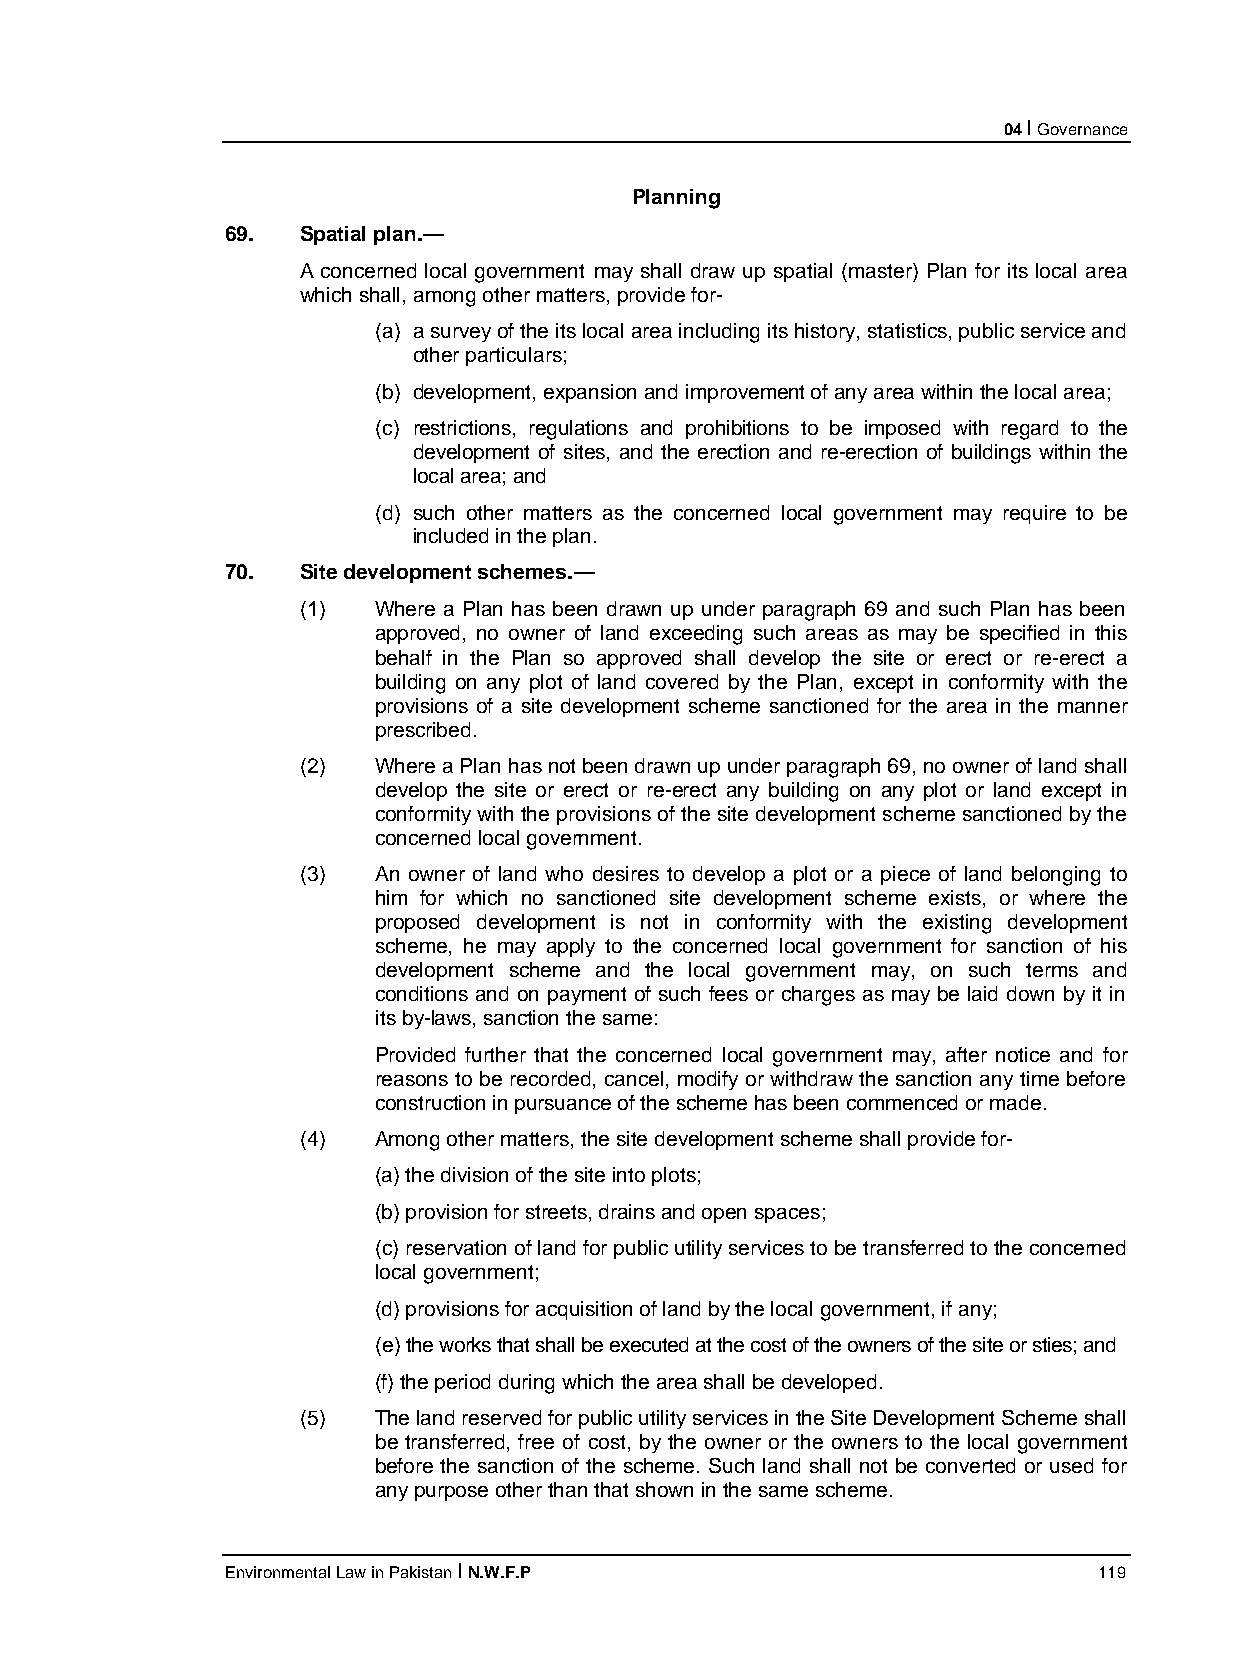
04 I Governance
 Planning
 69.  Spatial plan.—
 A concerned local government may shall draw up spatial (master) Plan for its local area
 which shall, among other matters, provide for-
 (a) a survey of the its local area including its history, statistics, public service and
 other particulars;
 (b) development, expansion and improvement of any area within the local area;
 (c) restrictions, regulations and prohibitions to be imposed with regard to the
 development of sites, and the erection and re-erection of buildings within the
 local area; and
 (d) such other matters as the concerned local government may require to be
 included in the plan.
 70.  Site development schemes.—
 (1)  Where a Plan has been drawn up under paragraph 69 and such Plan has been
 approved, no owner of land exceeding such areas as may be specified in this
 behalf in the Plan so approved shall develop the site or erect or re-erect a
 building on any plot of land covered by the Plan, except in conformity with the
 provisions of a site development scheme sanctioned for the area in the manner
 prescribed.
 (2)  Where a Plan has not been drawn up under paragraph 69, no owner of land shall
 develop the site or erect or re-erect any building on any plot or land except in
 conformity with the provisions of the site development scheme sanctioned by the
 concerned local government.
 (3)  An owner of land who desires to develop a plot or a piece of land belonging to
 him for which no sanctioned site development scheme exists, or where the
 proposed development is not in conformity with the existing development
 scheme, he may apply to the concerned local government for sanction of his
 development scheme and the local government may, on such terms and
 conditions and on payment of such fees or charges as may be laid down by it in
 its by-laws, sanction the same:
 Provided further that the concerned local government may, after notice and for
 reasons to be recorded, cancel, modify or withdraw the sanction any time before
 construction in pursuance of the scheme has been commenced or made.
 (4)  Among other matters, the site development scheme shall provide for-
 (a) the division of the site into plots;
 (b) provision for streets, drains and open spaces;
 (c) reservation of land for public utility services to be transferred to the concerned
 local government;
 (d) provisions for acquisition of land by the local government, if any;
 (e) the works that shall be executed at the cost of the owners of the site or sties; and
 (f) the period during which the area shall be developed.
 (5)  The land reserved for public utility services in the Site Development Scheme shall
 be transferred, free of cost, by the owner or the owners to the local government
 before the sanction of the scheme. Such land shall not be converted or used for
 any purpose other than that shown in the same scheme.
 Environmental Law in Pakistan I N.W.F.P                   119